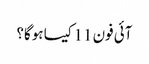
آئی فون 11 کیسا ہوگا؟